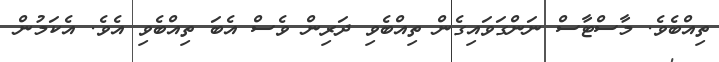
ތިއްބެވެ. މާސްޓާސް ނަންގަވައިގެން ތިއްބެވި ދަރިން ވެސް އެބަ ތިއްބެވި އެވެ. އެކަމުން